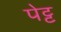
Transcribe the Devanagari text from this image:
पेट्ट